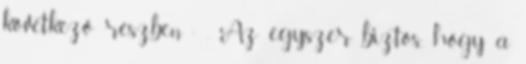
következő részben : . Az egyszer biztos, hogy a